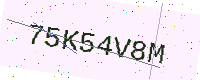
Text: 75K54V8M